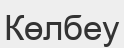
Көлбеу